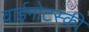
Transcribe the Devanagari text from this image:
वाईगोटस्की